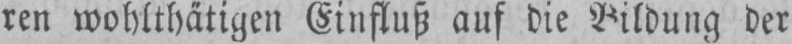
ren wohlthätigen Einfluß auf die Bildung der